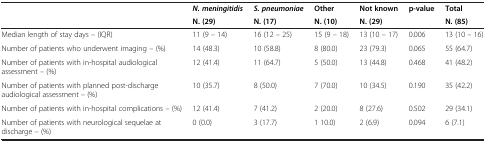
|  | N. meningitidis | S. pneumoniae | Other | Not known | p-value | Total |
 |  | N. (29) | N. (17) | N. (10) | N. (29) |  | N. (85) |
 | --- | --- | --- | --- | --- | --- | --- |
 | Median length of stay days – (IQR) | 11 (9 – 14) | 16 (12 – 25) | 15 (9 – 18) | 13 (10 – 17) | 0.006 | 13 (10 – 16) |
 | Number of patients who underwent imaging – (%) | 14 (48.3) | 10 (58.8) | 8 (80.0) | 23 (79.3) | 0.065 | 55 (64.7) |
 | Number of patients with in-hospital audiological assessment – (%) | 12 (41.4) | 11 (64.7) | 5 (50.0) | 13 (44.8) | 0.468 | 41 (48.2) |
 | Number of patients with planned post-discharge audiological assessment – (%) | 10 (35.7) | 8 (50.0) | 7 (70.0) | 10 (34.5) | 0.190 | 35 (42.2) |
 | Number of patients with in-hospital complications – (%) | 12 (41.4) | 7 (41.2) | 2 (20.0) | 8 (27.6) | 0.502 | 29 (34.1) |
 | Number of patients with neurological sequelae at discharge – (%) | 0 (0.0) | 3 (17.7) | 1 10.0) | 2 (6.9) | 0.094 | 6 (7.1) |